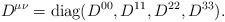
LaTeX: \begin{align*}D^{\mu\nu}=\mbox{diag}(D^{00},D^{11},D^{22},D^{33}).\end{align*}